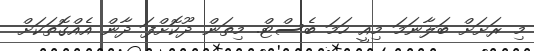
މި ރަށަށް ބަލާނަމަ މިއީ ހަމަ ބެސްޓް. މިތަން ދޫކޮށްފަ ދާން އެއްގޮތަކަށް